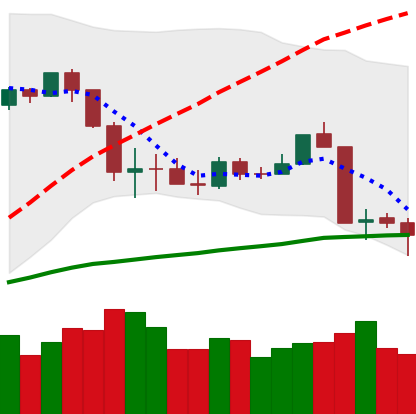
Ticker: ETH-USD
Chart end date: 2020-03-11
Forward return: -43.241%
Label: down_7plus